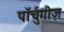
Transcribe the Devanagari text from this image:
पॉर्चुगीज़